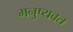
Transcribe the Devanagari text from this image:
मनुष्यवत